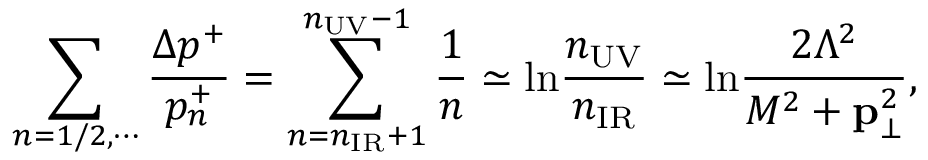
\sum _ { n = 1 / 2 , \cdots } { \frac { \Delta p ^ { + } } { p _ { n } ^ { + } } } = \sum _ { n = n _ { \mathrm { I R } } + 1 } ^ { n _ { \mathrm { U V } } - 1 } \frac { 1 } { n } \simeq \mathrm { l n } \frac { n _ { \mathrm { U V } } } { n _ { \mathrm { I R } } } \simeq \mathrm { l n } \frac { 2 \Lambda ^ { 2 } } { M ^ { 2 } + { \bf p } _ { \bot } ^ { 2 } } ,